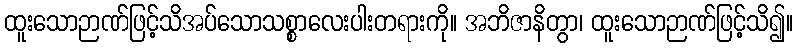
ထူးသောဉာဏ်ဖြင့်သိအပ်သောသစ္စာလေးပါးတရားကို။ အဘိဇာနိတွာ၊ ထူးသောဉာဏ်ဖြင့်သိ၍။